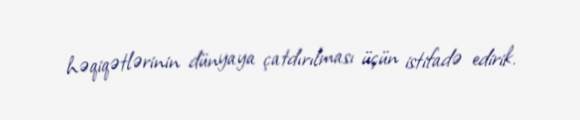
həqiqətlərinin dünyaya çatdırılması üçün istifadə edirik.